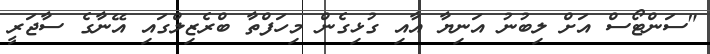
"ސަންޓޯސް އަށް ލިބުނު އަނިޔާ އާއި ގުޅިގެން މިހަފްތާ ބްރެޒިލްގައި އޭނާގެ ސާޖަރީ